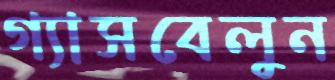
গ্যাসবেলুন